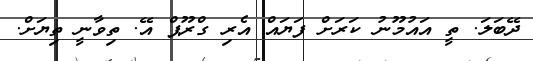
ދޭބަލަ. ތީ އައުމޫނު ކަރަށް ފަޔައް އެރި ގްރޫޕް އޭ. ތިވާނީ ތިޔަށް.